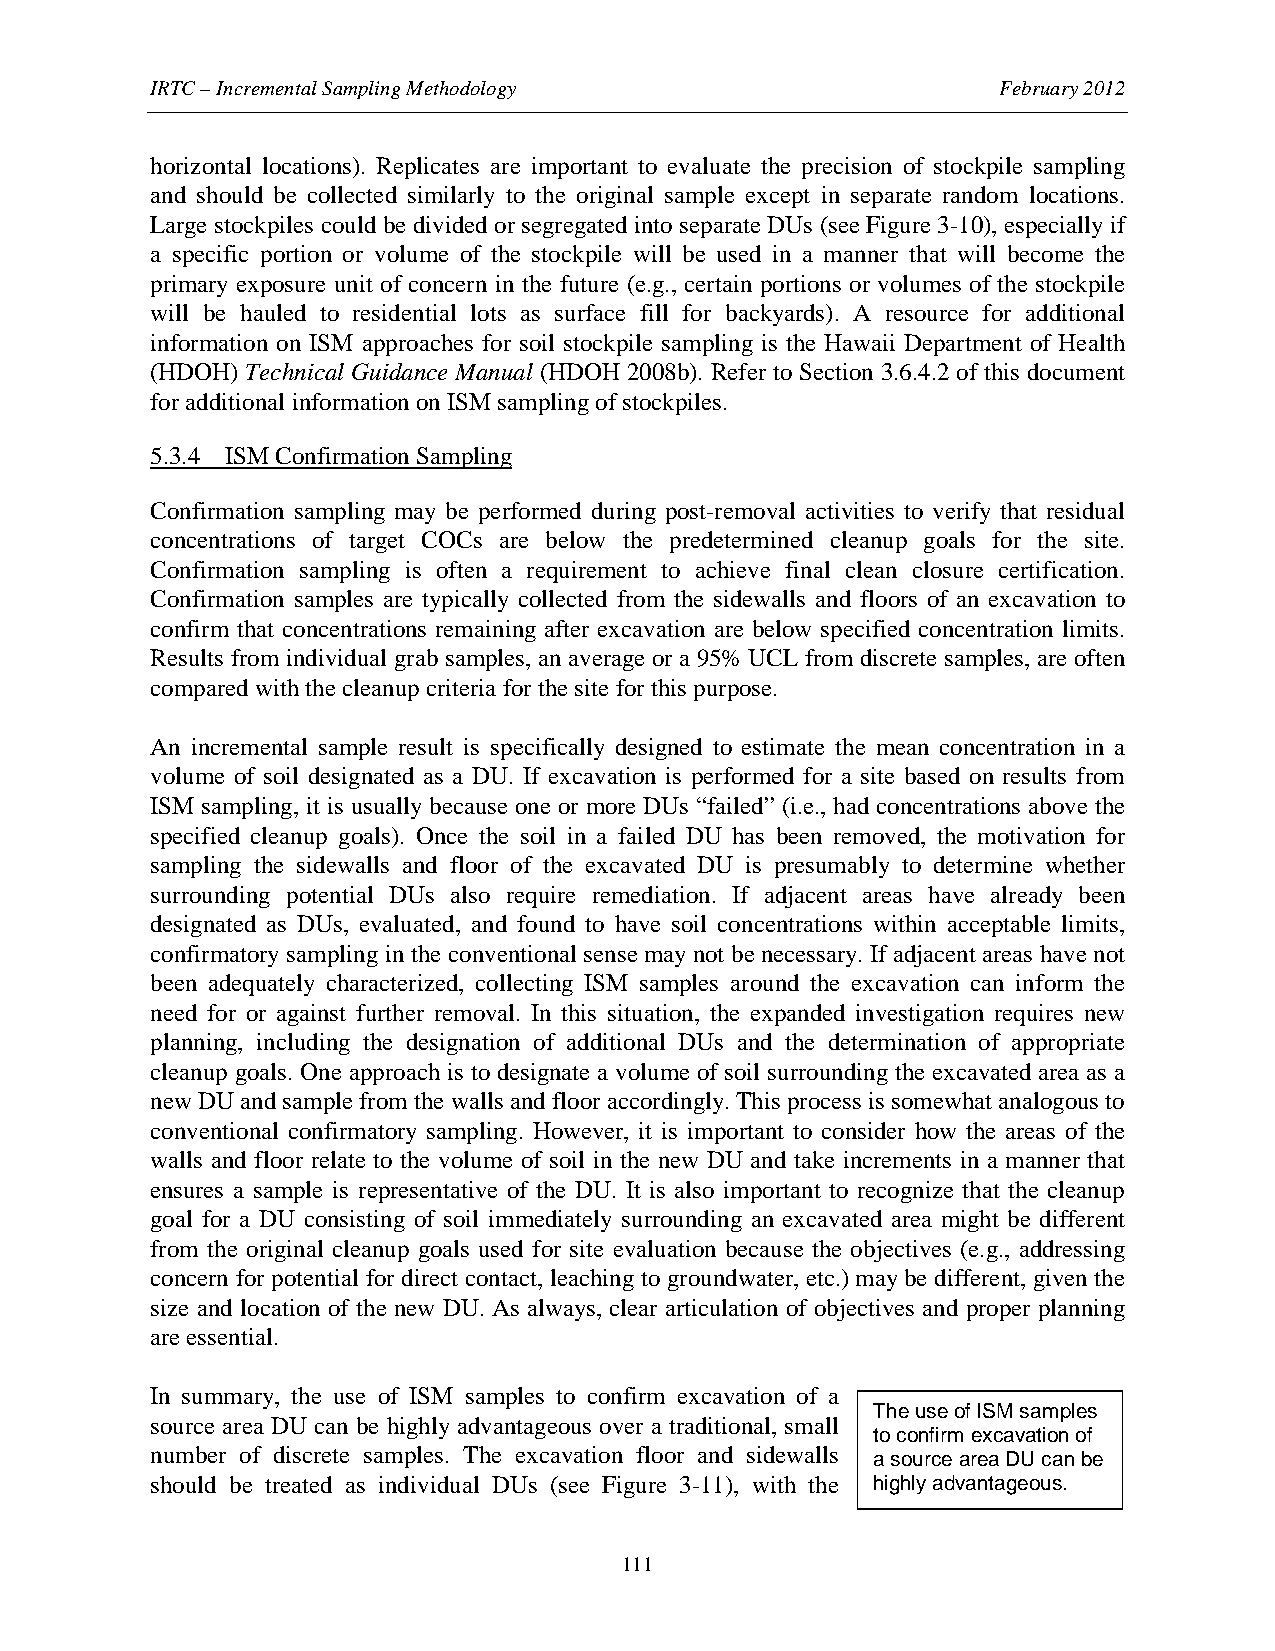
IRTC – Incremental Sampling Methodology                 February 2012
 horizontal locations). Replicates are important to evaluate the precision of stockpile sampling
 and should be collected similarly to the original sample except in separate random locations.
 Large stockpiles could be divided or segregated into separate DUs (see Figure 3-10), especially if
 a specific portion or volume of the stockpile will be used in a manner that will become the
 primary exposure unit of concern in the future (e.g., certain portions or volumes of the stockpile
 will be hauled to residential lots as surface fill for backyards). A resource for additional
 information on ISM approaches for soil stockpile sampling is the Hawaii Department of Health
 (HDOH) Technical Guidance Manual (HDOH 2008b). Refer to Section 3.6.4.2 of this document
 for additional information on ISM sampling of stockpiles.
 5.3.4 ISM Confirmation Sampling
 Confirmation sampling may be performed during post-removal activities to verify that residual
 concentrations of target COCs are below the predetermined cleanup goals for the site.
 Confirmation sampling is often a requirement to achieve final clean closure certification.
 Confirmation samples are typically collected from the sidewalls and floors of an excavation to
 confirm that concentrations remaining after excavation are below specified concentration limits.
 Results from individual grab samples, an average or a 95% UCL from discrete samples, are often
 compared with the cleanup criteria for the site for this purpose.
 An incremental sample result is specifically designed to estimate the mean concentration in a
 volume of soil designated as a DU. If excavation is performed for a site based on results from
 ISM sampling, it is usually because one or more DUs “failed” (i.e., had concentrations above the
 specified cleanup goals). Once the soil in a failed DU has been removed, the motivation for
 sampling the sidewalls and floor of the excavated DU is presumably to determine whether
 surrounding potential DUs also require remediation. If adjacent areas have already been
 designated as DUs, evaluated, and found to have soil concentrations within acceptable limits,
 confirmatory sampling in the conventional sense may not be necessary. If adjacent areas have not
 been adequately characterized, collecting ISM samples around the excavation can inform the
 need for or against further removal. In this situation, the expanded investigation requires new
 planning, including the designation of additional DUs and the determination of appropriate
 cleanup goals. One approach is to designate a volume of soil surrounding the excavated area as a
 new DU and sample from the walls and floor accordingly. This process is somewhat analogous to
 conventional confirmatory sampling. However, it is important to consider how the areas of the
 walls and floor relate to the volume of soil in the new DU and take increments in a manner that
 ensures a sample is representative of the DU. It is also important to recognize that the cleanup
 goal for a DU consisting of soil immediately surrounding an excavated area might be different
 from the original cleanup goals used for site evaluation because the objectives (e.g., addressing
 concern for potential for direct contact, leaching to groundwater, etc.) may be different, given the
 size and location of the new DU. As always, clear articulation of objectives and proper planning
 are essential.
 In summary, the use of ISM samples to confirm excavation of a
 The use of ISM samples
 source area DU can be highly advantageous over a traditional, small
 to confirm excavation of
 number of discrete samples. The excavation floor and sidewalls a source area DU can be
 should be treated as individual DUs (see Figure 3-11), with the highly advantageous.
 111